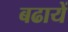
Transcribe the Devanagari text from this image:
बढायें